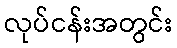
လုပ်ငန်းအတွင်း